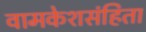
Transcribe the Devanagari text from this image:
वामकेशसंहिता